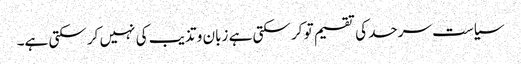
سیاست سرحد کی تقسیم تو کر سکتی ہے زبان و تذیب کی نہیں کر سکتی ہے۔